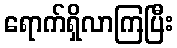
ရောက်ရှိလာကြပြီး